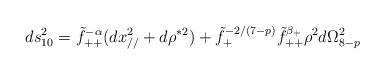
LaTeX: \begin{align*}ds^2_{10}=\tilde f_{++}^{-\alpha}(dx_{//}^2+d\rho ^{*2})+\tilde f_+^{-2/(7-p)}\tilde f_{++}^{\beta_+}\rho^{2}d\Omega_{8-p}^2\end{align*}